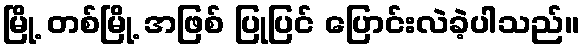
မြို့ တစ်မြို့ အဖြစ် ပြုပြင် ပြောင်းလဲခဲ့ပါသည်။